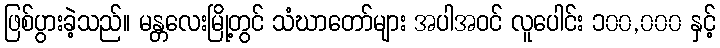
ဖြစ်ပွားခဲ့သည်။ မန္တလေးမြို့တွင် သံဃာတော်များ အပါအဝင် လူပေါင်း ၁၀၀,၀၀၀ နှင့်